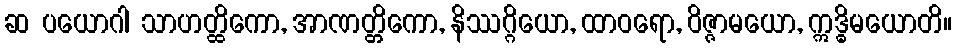
ဆ ပယောဂါ သာဟတ္ထိကော, အာဏတ္တိကော, နိဿဂ္ဂိယော, ထာဝရော, ဝိဇ္ဇာမယော, ဣဒ္ဓိမယောတိ။